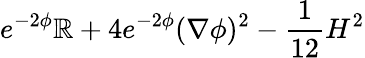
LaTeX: e^{-2\phi}\mathbb{R}+4e^{-2\phi}(\nabla\phi)^{2}-{\frac{{1}}{{12}}}H^{2}